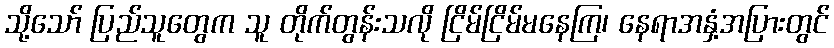
သို့သော် ပြည်သူတွေက သူ တိုက်တွန်းသလို ငြိမ်ငြိမ်မနေကြ၊ နေရာအနှံ့အပြားတွင်